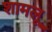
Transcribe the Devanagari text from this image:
शामलू